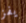
يفز